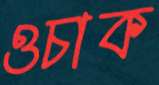
ওচাক